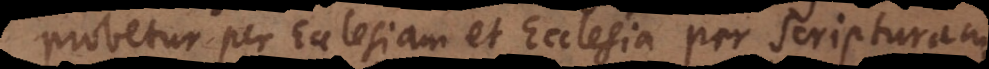
probetur per Ecclesiam et Ecclesia per Scripturam.